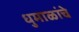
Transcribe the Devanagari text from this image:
धुमाळांचे